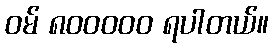
ဝမ် ၈၀၀၀၀၀ ရပါတယ်။